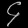
Digit: ၄